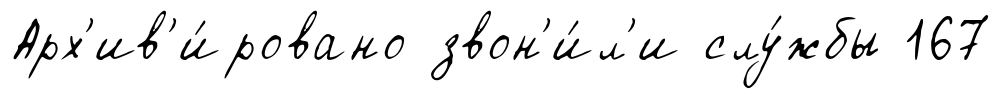
Арх'ив'и́ровано звон'и́л'и слу́жбы 167